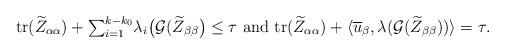
LaTeX: \begin{align*} {\rm tr}(\widetilde{Z}_{\alpha\alpha}) +{\textstyle\sum_{i=1}^{k-k_0}}\lambda_i\big(\mathcal{G}(\widetilde{Z}_{\beta\beta}\big)\le \tau \ {\rm and}\ {\rm tr}(\widetilde{Z}_{\alpha\alpha}) +\langle \overline{u}_{\beta}, \lambda(\mathcal{G}(\widetilde{Z}_{\beta\beta}))\rangle =\tau. \end{align*}